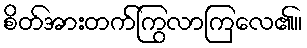
စိတ်အားတက်ကြွလာကြလေ၏။